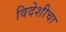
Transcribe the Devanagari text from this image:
विदेशीचा